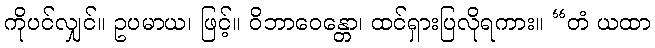
ကိုပင်လျှင်။ ဥပမာယ၊ ဖြင့်။ ဝိဘာဝေန္တော၊ ထင်ရှားပြလိုရကား။ “တံ ယထာ